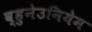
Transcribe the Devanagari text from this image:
व्हुनेउनियेम